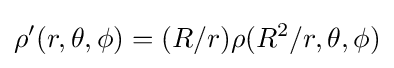
\rho '(r,\theta ,\phi )=(R/r)\rho (R^{2}/r,\theta ,\phi )